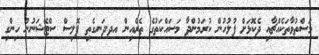
މަސްތުވާތަކެއްޗާއި ދެކޮޅަށް ފުލުހުން ކުރަމުންދާ މަސައްކަތުގެ ތެރެއިން އދ.ދަނގެތި ޕޮލިސް ސްޓޭޝަނުން ހިންގި